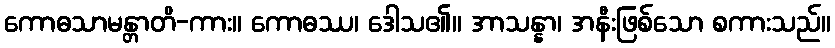
ကောဓသာမန္တာတိ-ကား။ ကောဓဿ၊ ဒေါသ၏။ အာသန္နာ၊ အနီးဖြစ်သော စကားသည်။